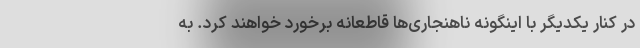
در کنار یکدیگر با اینگونه ناهنجاری‌ها قاطعانه برخورد خواهند کرد. به